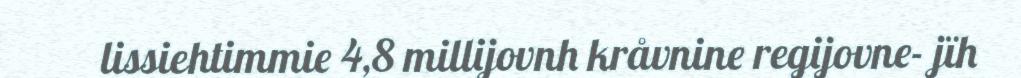
lissiehtimmie 4,8 millijovnh kråvnine regijovne- jïh